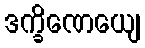
ဒက္ခိဏေယျေ